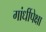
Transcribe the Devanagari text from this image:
गांधींपेक्षा